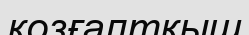
козғалтқыш